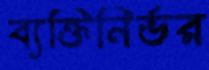
ব্যক্তিনির্ভর